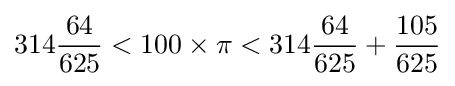
{}314{\frac {64}{625}}<100\times \pi <314{\frac {64}{625}}+{\frac {105}{625}}